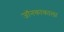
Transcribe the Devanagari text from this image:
जॉनकाकाला